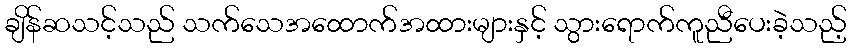
ချိန်ဆသင့်သည် သက်သေအထောက်အထားများနှင့် သွားရောက်ကူညီပေးခဲ့သည့်